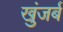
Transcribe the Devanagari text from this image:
खुंजर्ब